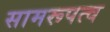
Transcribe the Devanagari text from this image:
सामरूपत्व